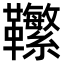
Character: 𩎆